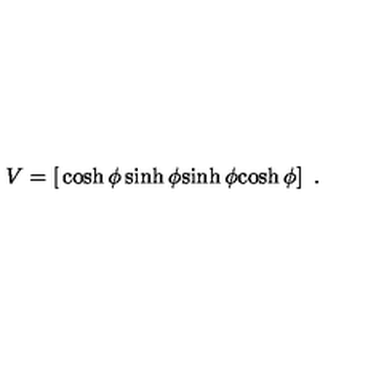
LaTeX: V = \left[ \begin{matrix} { \cosh \phi } & { \sinh \phi } \\ { \sinh \phi } & { \cosh \phi } \\ \end{matrix} \right] \ .